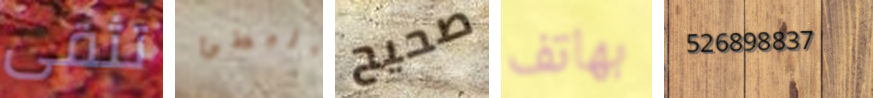
تثقى البطئ صحيح بهاتف 526898837